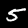
Digit: 5